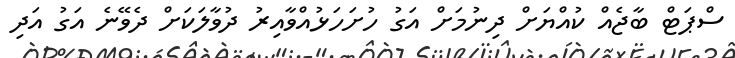
ސްޕަޓް ބާޖެއް ކުއްޔަށް ދިނުމަށް އަގު ހުށަހަޅުއްވާއިރު ދުވާލަކަށް ދެވޭނެ އަގު އަދި